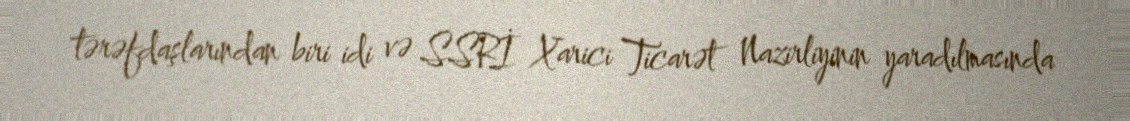
tərəfdaşlarından biri idi və SSRİ Xarici Ticarət Nazirliyinin yaradılmasında